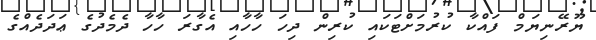
ޔޫރޭނިޔަމް ފައްކާ ކުރުމަށްޓަކައި ކުރިން ދިހަ ހާހާއި އެގާރަ ހާހާ ދެމެދުގެ ޢަދަދެއްގެ